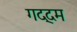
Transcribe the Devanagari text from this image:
गद्दम